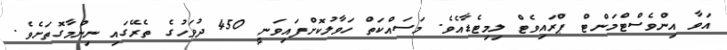
އަވާ އިންވެސްޓްމަންޓް ޕްރައިވެޓް ލިމިޓެޑާއެވެ. މަސައްކަތް ހަވާލުކޮށްފައިވަނީ 450 ދުވަހުގެ ތެރޭގައި ނިންމާގޮތަށެވެ.